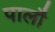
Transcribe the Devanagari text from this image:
पालौ